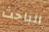
الباحث